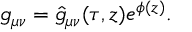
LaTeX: g _ { \mu \nu } = \hat { g } _ { \mu \nu } ( \tau , z ) e ^ { \phi ( z ) } .